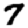
Digit: 7